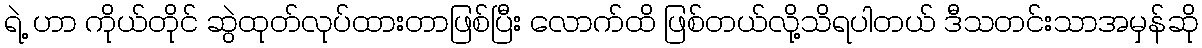
ရဲ့ ဟာ ကိုယ်တိုင် ဆွဲထုတ်လုပ်ထားတာဖြစ်ပြီး လောက်ထိ ဖြစ်တယ်လို့သိရပါတယ် ဒီသတင်းသာအမှန်ဆို